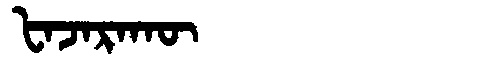
Manchu: ᡶᠠᠵᠠᡵᠠᡴᡡ
Romanization: FAJARAKŪ